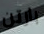
بارتن